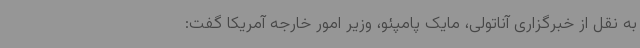
به نقل از خبرگزاری آناتولی،‌ مایک پامپئو، وزیر امور خارجه آمریکا گفت: